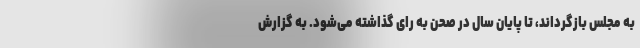
به مجلس بازگرداند، تا پایان سال در صحن به رای گذاشته می‌شود. به گزارش